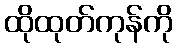
ထိုထုတ်ကုန်ကို